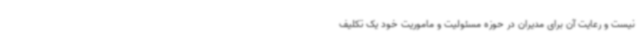
نیست و رعایت آن برای مدیران در حوزه مسئولیت و ماموریت خود یک تکلیف